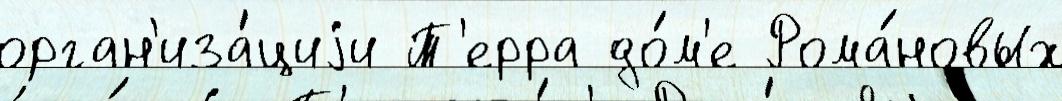
орган'иза́циjи Т'ерра до́м'е Рома́новых